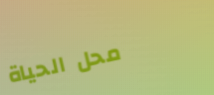
محل الحياة